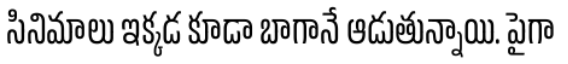
సినిమాలు ఇక్కడ కూడా బాగానే ఆడుతున్నాయి. పైగా